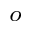
^ { o }